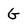
Character: g